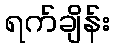
ရက်ချိန်း